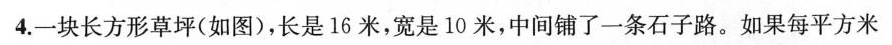
4. 一块长方形草坪(如图) ，长是16米，宽是10米，中间铺了一条石子路。如果每平方米